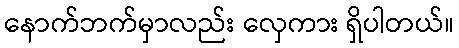
နောက်ဘက်မှာလည်း လှေကား ရှိပါတယ်။